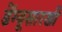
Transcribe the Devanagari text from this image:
डेंग्यूसारखी